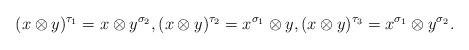
LaTeX: \begin{align*}(x \otimes y)^{\tau_1} = x \otimes y^{\sigma_2} ,( x \otimes y) ^{\tau_2} = x^{\sigma_1} \otimes y ,(x \otimes y) ^{\tau_3} = x^{\sigma_1} \otimes y^{\sigma_2} .\end{align*}